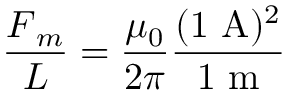
{ \frac { { \boldsymbol { F } } _ { m } } { L } } = { \frac { \mu _ { 0 } } { 2 \pi } } { \frac { ( 1 \ \mathrm { { A ) ^ { 2 } } } } { { 1 } \ \mathrm { { m } } } }